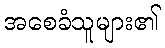
အစေခံသူများ၏